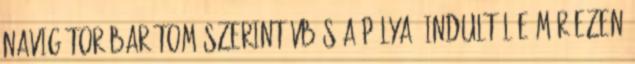
navigátor barátom szerint VB-s a pálya. Indultál-e már ezen